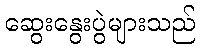
ဆွေးနွေးပွဲများသည်